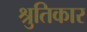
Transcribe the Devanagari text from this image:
श्रुतिकार